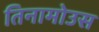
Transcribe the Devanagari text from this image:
तिनामोउस